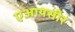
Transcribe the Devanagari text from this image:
एआयसीर